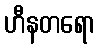
ဟီနတရော